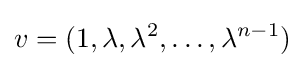
v=(1,\lambda ,\lambda ^{2},\ldots ,\lambda ^{n-1})